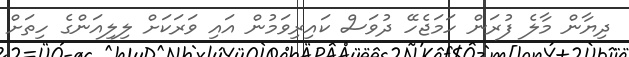
ދިޔާން މާލެ ފުރަން ހަމަޖެހޭ ދުވަސް ކައިރިވަމުން އައި ވަރަކަށް ލިލިއަންގެ ހިތަަށް